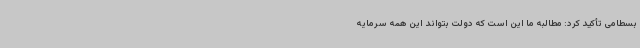
بسطامی تأکید کرد: مطالبه ما این است که دولت بتواند این همه سرمایه